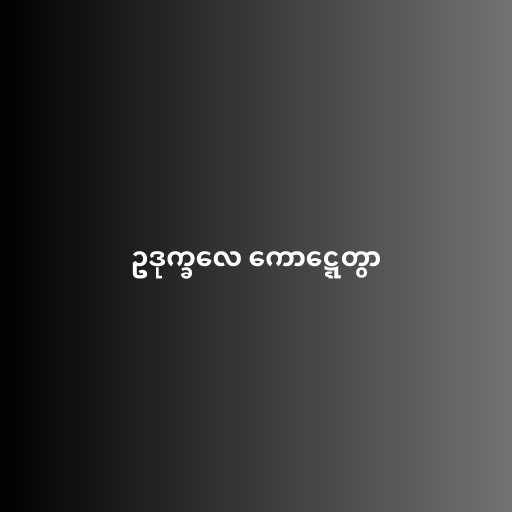
ဥဒုက္ခလေ ကောဋ္ဋေတွာ